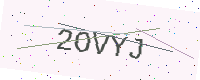
Text: 2OVYJ